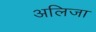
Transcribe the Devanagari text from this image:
अलिजा